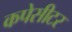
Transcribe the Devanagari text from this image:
कपेसीटर